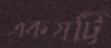
একষট্টি